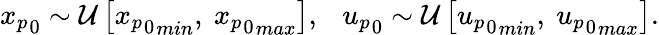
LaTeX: \begin{array}{r}{{x_{p}}_{0}\sim\mathcal{U}\left[{{x_{p}}_{0}}_{min},\ {{x_{p}}_{0}}_{max}\right],\ \ \ {u_{p}}_{0}\sim\mathcal{U}\left[{{u_{p}}_{0}}_{min},\ {{u_{p}}_{0}}_{max}\right].}\end{array}